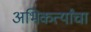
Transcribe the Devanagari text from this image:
अभिकर्त्यांचा